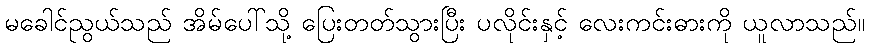
မခေါင်ညွယ်သည် အိမ်ပေါ်သို့ ပြေးတတ်သွားပြီး ပလိုင်းနှင့် လေးကင်းဓားကို ယူလာသည်။